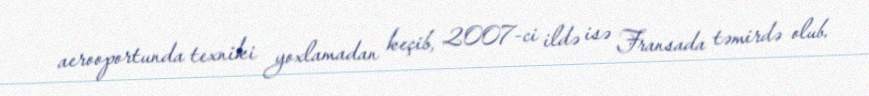
aerooportunda texniki yoxlamadan keçib, 2007-ci ildə isə Fransada təmirdə olub.